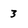
Character: 3